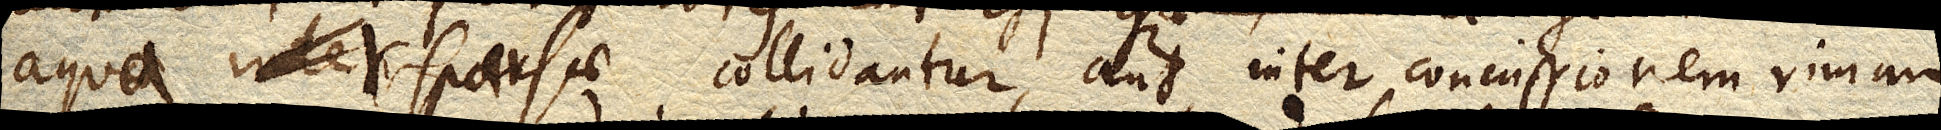
aquae interspersae in aqua sparsa collidantur, aut inter concussionem rimam